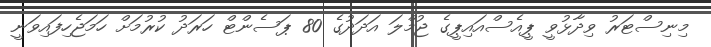
މިނިސްޓަރު ވިދާޅުވީ ޕީއެސްއައިޕީގެ ޖުމްލަ އަދަދުގެ 80 ޕަސެންޓް ހަރަދު ކުރުމަށް ހަމަޖެހިފައިވަނީ